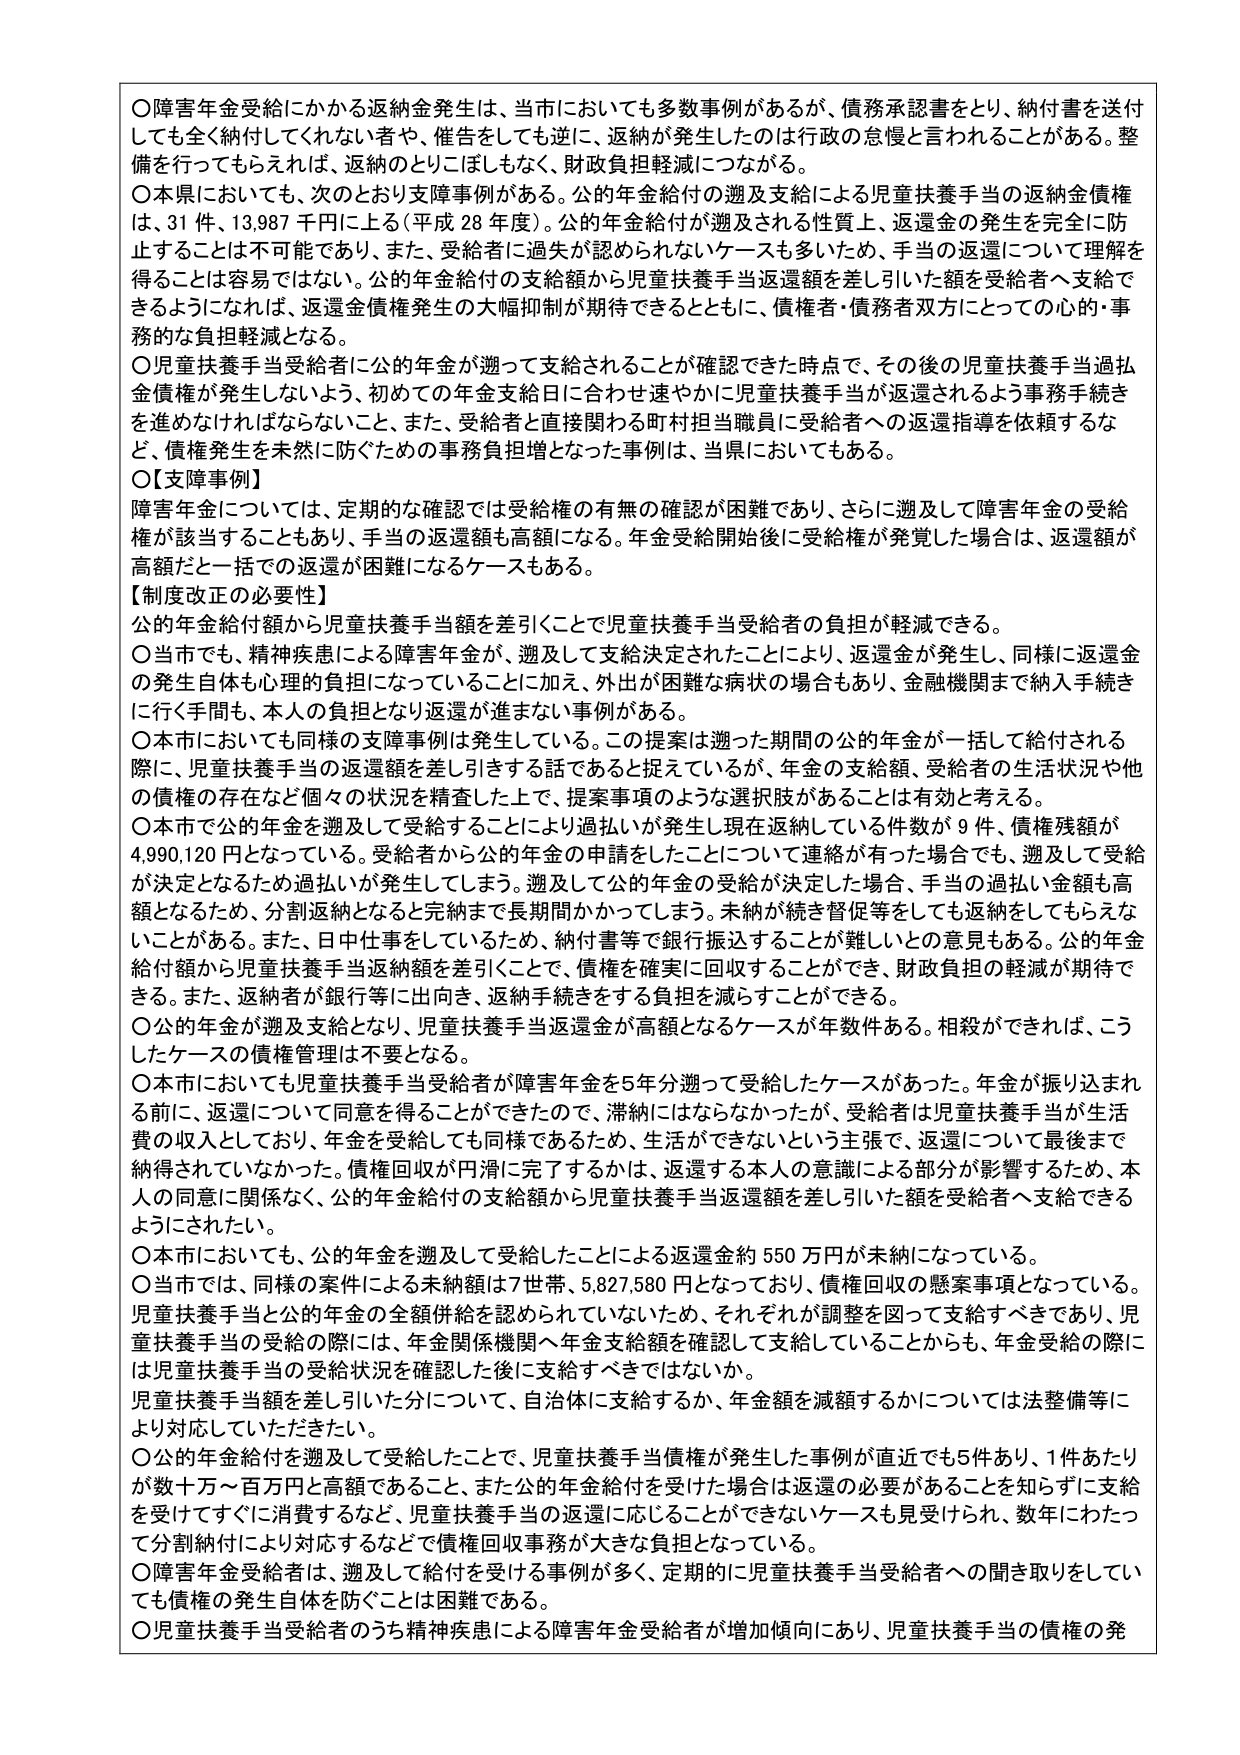
〇障害年金受給にかかる返納金発生は、当市においても多数事例があるが、債務承認書をとり、納付書を送付しても全く納付してくれない者や、催告をしても逆に、返納が発生したのは行政の怠慢と言われることがある。整備を行ってもらえれば、返納のとりこぼしもなく、財政負担軽減につながる。

〇本県においても、次のとおり支障事例がある。公的年金給付の遡及支給による児童扶養手当の返納金債権は、31件、13,987千円に上る（平成28年度）。公的年金給付が遡及される性質上、返還金の発生を完全に防止することは不可能であり、また、受給者に過失が認められないケースも多いため、手当の返還について理解を得ることは容易ではない。公的年金給付の支給額から児童扶養手当返還額を差し引いた額を受給者へ支給できるようになれば、返還金債権発生の大幅抑制が期待できるとともに、債権者・債務者双方にとっての心的・事務的な負担軽減となる。

〇児童扶養手当受給者に公的年金が遡って支給されることが確認できた時点で、その後の児童扶養手当過払金債権が発生しないよう、初めての年金支給日に合わせ速やかに児童扶養手当が返還されるよう事務手続きを進めなければならないこと、また、受給者と直接関わる町村担当職員に受給者への返還指導を依頼するなど、債権発生を未然に防ぐための事務負担増となった事例は、当県においてもある。

〇【支障事例】
障害年金については、定期的な確認では受給権の有無の確認が困難であり、さらに遡及して障害年金の受給権が該当することもあり、手当の返還額も高額になる。年金受給開始後に受給権が発覚した場合は、返還額が高額だと一括での返還が困難になるケースもある。

【制度改正の必要性】
公的年金給付額から児童扶養手当額を差引くことで児童扶養手当受給者の負担が軽減できる。

〇当市でも、精神疾患による障害年金が、遡及して支給決定されたことにより、返還金が発生し、同様に返還金の発生自体も心理的負担になっていることに加え、外出が困難な病状の場合もあり、金融機関まで納入手続きに行く手間も、本人の負担となり返還が進まない事例がある。

〇本市においても同様の支障事例は発生している。この提案は遡った期間の公的年金が一括して給付される際に、児童扶養手当の返還額を差し引きする話であると捉えているが、年金の支給額、受給者の生活状況や他の債権の存在など個々の状況を精査した上で、提案事項のような選択肢があることは有効と考える。

〇本市で公的年金を遡及して受給することにより過払いが発生し現在返納している件数が9件、債権残額が4,990,120円となっている。受給者から公的年金の申請をしたことについて連絡があった場合でも、遡及して受給が決定となるため過払いが発生してしまう。遡及して公的年金の受給が決定した場合、手当の過払い金額も高額となるため、分割返納となると完納まで長期間かかってしまう。未納が続き督促等をしても返納をしてもらえないことがある。また、日中仕事をしているため、納付書等で銀行振込することが難しいとの意見もある。公的年金給付額から児童扶養手当返納額を差引くことで、債権を確実に回収することができ、財政負担の軽減が期待できる。また、返納者が銀行等に出向き、返納手続きをする負担を減らすことができる。

〇公的年金が遡及支給となり、児童扶養手当返還金が高額となるケースが年数件ある。相殺ができれば、こうしたケースの債権管理は不要となる。

〇本市においても児童扶養手当受給者が障害年金を5年分遡って受給したケースがあった。年金が振り込まれる前に、返還について同意を得ることができたので、滞納にはならなかったが、受給者は児童扶養手当が生活費の収入としており、年金を受給しても同様であるため、生活ができないという主張で、返還について最後まで納得されていなかった。債権回収が円滑に完了するかは、返還する本人の意識による部分が影響するため、本人の同意に関係なく、公的年金給付の支給額から児童扶養手当返還額を差し引いた額を受給者へ支給できるようにされたい。

〇本市においても、公的年金を遡及して受給したことによる返還金約550万円が未納になっている。

〇当市では、同様の案件による未納額は7世帯、5,827,580円となっており、債権回収の懸案事項となっている。児童扶養手当と公的年金の全額併給を認められていないため、それぞれが調整を図って支給すべきであり、児童扶養手当の受給の際には、年金関係機関へ年金支給額を確認して支給していることからも、年金受給の際には児童扶養手当の受給状況を確認した後に支給すべきではないか。

児童扶養手当額を差し引いた分について、自治体に支給するか、年金額を減額するかについては法整備等により対応していただきたい。

〇公的年金給付を遡及して受給したことで、児童扶養手当債権が発生した事例が直近でも5件あり、1件あたりが数十万～百万円と高額であること、また公的年金給付を受けた場合は返還の必要があることを知らずに支給を受けてすぐに消費するなど、児童扶養手当の返還に応じることができないケースも見受けられ、数年にわたって分割納付により対応するなどで債権回収事務が大きな負担となっている。

〇障害年金受給者は、遡及して給付を受ける事例が多く、定期的に児童扶養手当受給者への聞き取りをしていても債権の発生自体を防ぐことは困難である。

〇児童扶養手当受給者のうち精神疾患による障害年金受給者が増加傾向にあり、児童扶養手当の債権の発